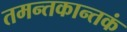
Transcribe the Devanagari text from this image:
तमन्तकान्तकं